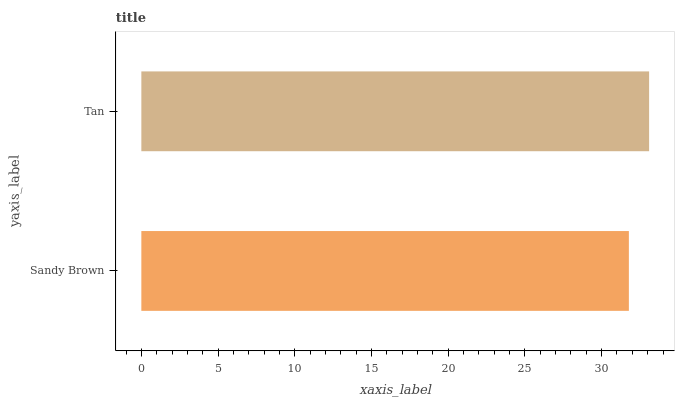
| yaxis_label | bars |
 | --- | --- |
 | Sandy Brown | 31.8 |
 | Tan | 33.1 |